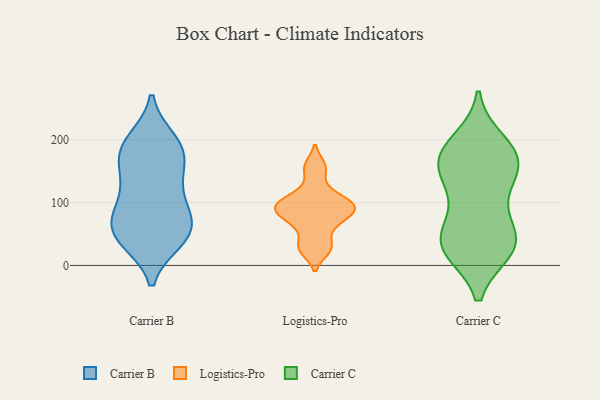
{"axis": {"x": "Temperature (°C)", "y": "Value"}, "legend": ["Carrier B", "Carrier C", "Logistics-Pro"], "data": [{"x": "", "y": 112, "type": "Carrier B"}, {"x": "", "y": 193, "type": "Carrier B"}, {"x": "", "y": 163, "type": "Carrier B"}, {"x": "", "y": 52, "type": "Carrier B"}, {"x": "", "y": 39, "type": "Carrier B"}, {"x": "", "y": 87, "type": "Carrier B"}, {"x": "", "y": 79, "type": "Carrier B"}, {"x": "", "y": 39, "type": "Carrier B"}, {"x": "", "y": 143, "type": "Carrier B"}, {"x": "", "y": 200, "type": "Carrier B"}, {"x": "", "y": 66, "type": "Carrier B"}, {"x": "", "y": 84, "type": "Carrier B"}, {"x": "", "y": 41, "type": "Carrier B"}, {"x": "", "y": 131, "type": "Carrier B"}, {"x": "", "y": 53, "type": "Carrier B"}, {"x": "", "y": 196, "type": "Carrier B"}, {"x": "", "y": 171, "type": "Carrier B"}, {"x": "", "y": 179, "type": "Carrier B"}, {"x": "", "y": 25, "type": "Logistics-Pro"}, {"x": "", "y": 105, "type": "Logistics-Pro"}, {"x": "", "y": 96, "type": "Logistics-Pro"}, {"x": "", "y": 31, "type": "Logistics-Pro"}, {"x": "", "y": 154, "type": "Logistics-Pro"}, {"x": "", "y": 75, "type": "Logistics-Pro"}, {"x": "", "y": 71, "type": "Logistics-Pro"}, {"x": "", "y": 121, "type": "Logistics-Pro"}, {"x": "", "y": 158, "type": "Logistics-Pro"}, {"x": "", "y": 27, "type": "Logistics-Pro"}, {"x": "", "y": 81, "type": "Logistics-Pro"}, {"x": "", "y": 92, "type": "Logistics-Pro"}, {"x": "", "y": 99, "type": "Logistics-Pro"}, {"x": "", "y": 97, "type": "Logistics-Pro"}, {"x": "", "y": 58, "type": "Logistics-Pro"}, {"x": "", "y": 90, "type": "Logistics-Pro"}, {"x": "", "y": 181, "type": "Carrier C"}, {"x": "", "y": 174, "type": "Carrier C"}, {"x": "", "y": 40, "type": "Carrier C"}, {"x": "", "y": 171, "type": "Carrier C"}, {"x": "", "y": 171, "type": "Carrier C"}, {"x": "", "y": 108, "type": "Carrier C"}, {"x": "", "y": 155, "type": "Carrier C"}, {"x": "", "y": 46, "type": "Carrier C"}, {"x": "", "y": 196, "type": "Carrier C"}, {"x": "", "y": 58, "type": "Carrier C"}, {"x": "", "y": 124, "type": "Carrier C"}, {"x": "", "y": 26, "type": "Carrier C"}, {"x": "", "y": 149, "type": "Carrier C"}, {"x": "", "y": 26, "type": "Carrier C"}, {"x": "", "y": 35, "type": "Carrier C"}, {"x": "", "y": 25, "type": "Carrier C"}]}